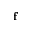
\mathbf { f }